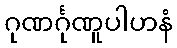
ဂုဏင်္ဂုဏူပါဟနံ